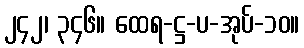
၂၄၂၊ ၃၄၆။ ထေရ-ဋ္ဌ-ပ-အုပ်-၁၀။